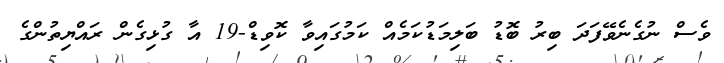
ވެސް ނުގެނެވޭފަދަ ބިރު ބޮޑު ބަލިމަޑުކަމެއް ކަމުގައިވާ ކޮވިޑް-19 އާ ގުޅިގެން ރައްޔިތުންގެ